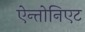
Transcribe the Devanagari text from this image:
ऐन्तोनिएट